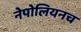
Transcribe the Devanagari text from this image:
नेपोलियनच